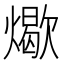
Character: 𬋏